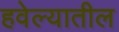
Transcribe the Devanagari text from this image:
हवेल्यातील